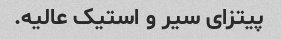
پیتزای سیر و استیک عالیه.